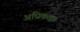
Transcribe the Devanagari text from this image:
अधिकता।